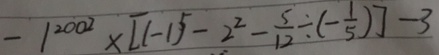
- 1 ^ { 2 0 0 2 } \times [ ( - 1 ) ^ { 5 } - 2 ^ { 2 } - \frac { 5 } { 1 2 } \div ( - \frac { 1 } { 5 } ) ] - 3